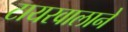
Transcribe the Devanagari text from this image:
टायरवालाने